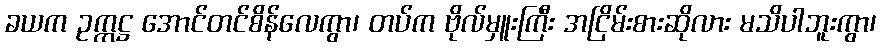
ခယက ဥက္ကဋ္ဌ အောင်တင်စိန်လေကွာ၊ တပ်က ဗိုလ်မှူးကြီး အငြိမ်းစားဆိုလား မသိပါဘူးကွာ၊